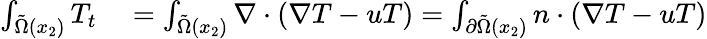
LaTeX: \begin{array}{rl}{\int_{\tilde{\Omega}(x_{2})}T_{t}}&{{}=\int_{\tilde{\Omega}(x_{2})}\nabla\cdot(\nabla T-uT)=\int_{\partial\tilde{\Omega}(x_{2})}n\cdot(\nabla T-uT)}\end{array}